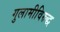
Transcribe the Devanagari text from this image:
गुलामीविरुद्ध